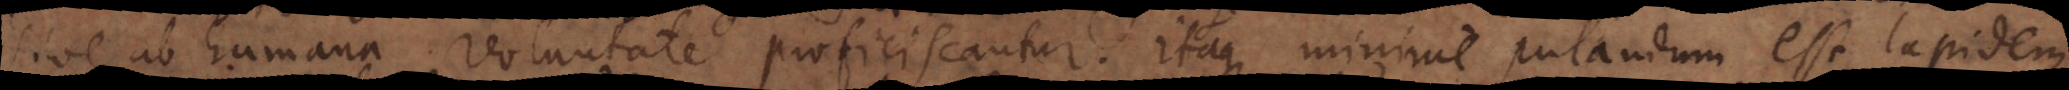
sive ab humana voluntate proficiscantur. Itaque minime putandum est lapidem